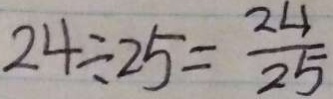
2 4 \div 2 5 = \frac { 2 4 } { 2 5 }